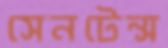
সেনটেন্স